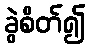
ခွဲစိတ်၍